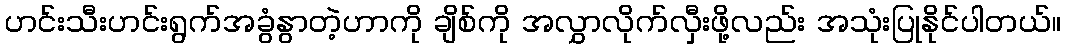
ဟင်းသီးဟင်းရွက်အခွံနွာတဲ့ဟာကို ချိစ်ကို အလွှာလိုက်လှီးဖို့လည်း အသုံးပြုနိုင်ပါတယ်။